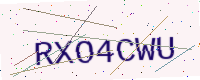
Text: RXO4CWU